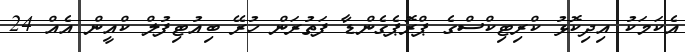
އެކަމަކު އިދިކޮޅު ކްރިޓިކްސްގެ ޕްރޮޕެގެންޑާ ފަތުރަން ހުރޭ ބިއުޓިފުލް ކްއީން އެއް 24